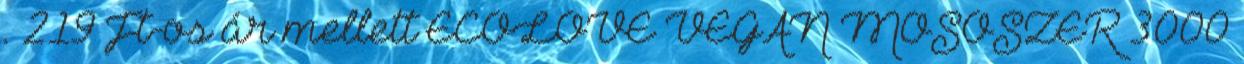
. 219 Ft-os ár mellett ECOLOVE VEGÁN MOSÓSZER 3000